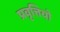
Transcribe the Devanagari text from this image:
प्रवृत्तियो